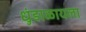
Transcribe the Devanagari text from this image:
धुंडाळायला